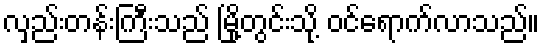
လှည်းတန်းကြီးသည် မြို့တွင်းသို့ ဝင်ရောက်လာသည်။